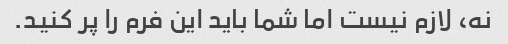
نه، لازم نیست اما شما باید این فرم را پر کنید.